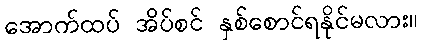
အောက်ထပ် အိပ်စင် နှစ်စောင်ရနိုင်မလား။